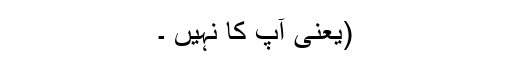
(یعنی آپ کا نہیں ۔